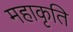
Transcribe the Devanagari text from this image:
महाकृति